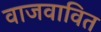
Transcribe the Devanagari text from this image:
वाजवावित